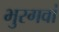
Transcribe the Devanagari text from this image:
भुरगवां